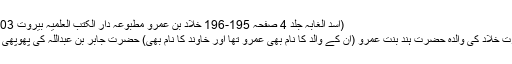
(اسد الغابہ جلد 4 صفحہ 195-196 خَلَّادْ بن عمروؓ مطبوعہ دار الکتب العلمیہ بیروت 2003ء)
حضرت خَلَّادْ کی والدہ حضرت ہند بنتِ عَمرو (اُن کے والد کا نام بھی عمرو تھا اور خاوند کا نام بھی) حضرت جابر بن عبداللہ کی پھوپھی تھیں ۔